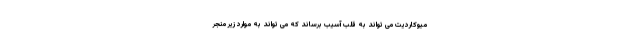
میوکاردیت می تواند به قلب آسیب برساند که می تواند به موارد زیر منجر